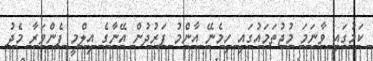
ކަމުގައި ވާނަމަ މުޖުތަމައުގައި ހިމެނޭ އާންމު ފަރުދުން އޭނާގެ އިލްމީ ފެންވަރާ މެދު